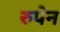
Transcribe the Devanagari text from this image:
रुपेन